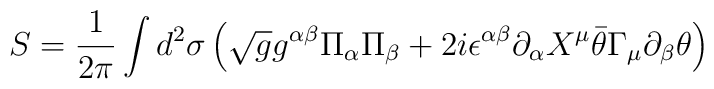
S=\frac{1}{2\pi}\int d^2\sigma \left ( \sqrt{g}g^{\alpha\beta}\Pi_{\alpha}\Pi_{\beta}+2i\epsilon^{\alpha\beta}\partial_{\alpha}X^{\mu}\bar{\theta}\Gamma_{\mu}\partial_{\beta}\theta\right )